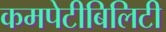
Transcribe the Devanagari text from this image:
कमपेटीबिलिटी